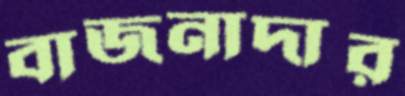
বাজনাদার